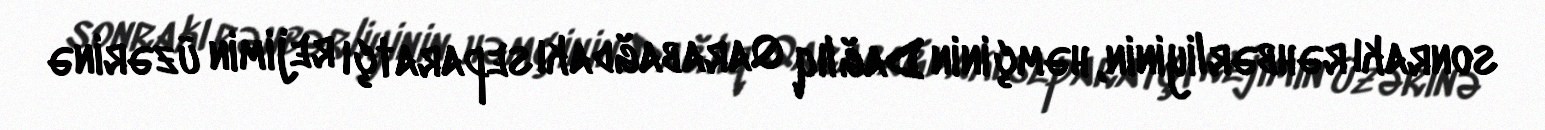
sonrakı rəhbərliyinin, həmçinin Dağlıq Qarabağdakı separatçı rejimin üzərinə